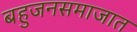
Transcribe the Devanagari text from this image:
बहुजनसमाजात